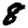
Digit: 8